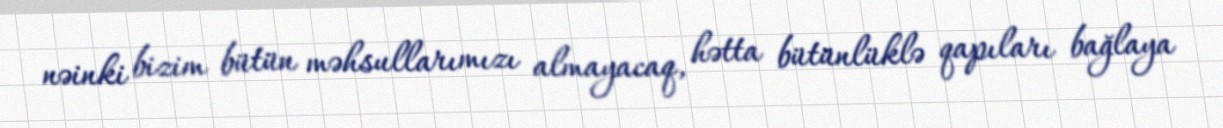
nəinki bizim bütün məhsullarımızı almayacaq, hətta bütünlüklə qapıları bağlaya